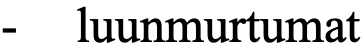
-  luunmurtumat